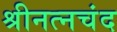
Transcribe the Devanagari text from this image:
श्रीनत्नचंद